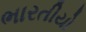
ભારતીયો